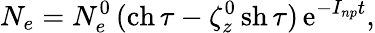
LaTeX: N_{e}=N_{e}^{0}\, (\mathrm{ch}\, \tau-\zeta_{z}^{0}\, \mathrm{sh}\, \tau)\, \mathrm{e}^{-I_{np}t},